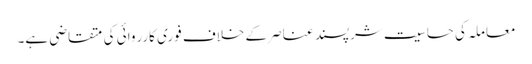
معاملہ کی حساسیت شرپسند عناصر کے خلاف فوری کارروائی کی متقاضی ہے۔